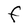
Character: F